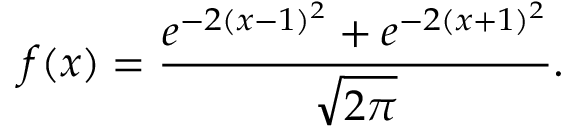
f ( x ) = \frac { e ^ { - 2 ( x - 1 ) ^ { 2 } } + e ^ { - 2 ( x + 1 ) ^ { 2 } } } { \sqrt { 2 \pi } } .